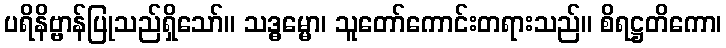
ပရိနိဗ္ဗာန်ပြုသည်ရှိသော်။ သဒ္ဓမ္မော၊ သူတော်ကောင်းတရားသည်။ စိရဋ္ဌတိကော၊